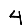
Digit: 4